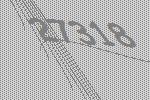
27318